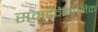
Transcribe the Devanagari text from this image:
समुद्रवैज्ञानिक